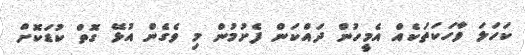
ކަހަލަ ވާހަކަތަކެއް އެމީހުން ދައްކަން ފެށުމުން މި ވެގެން އުޅޭ ގޮތް ކުޑަކޮށް